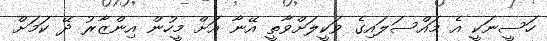
ހަސީނަކީ އެ މައްސަލައިގެ ވަކީލަށްވާތީ އޭނާ އަށް މީހުން އިންޒާރު ދޭ ކަމަށް